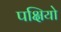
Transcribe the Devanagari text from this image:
पक्षियो